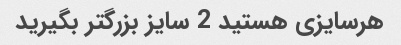
هرسایزی هستید 2 سایز بزرگتر بگیرید